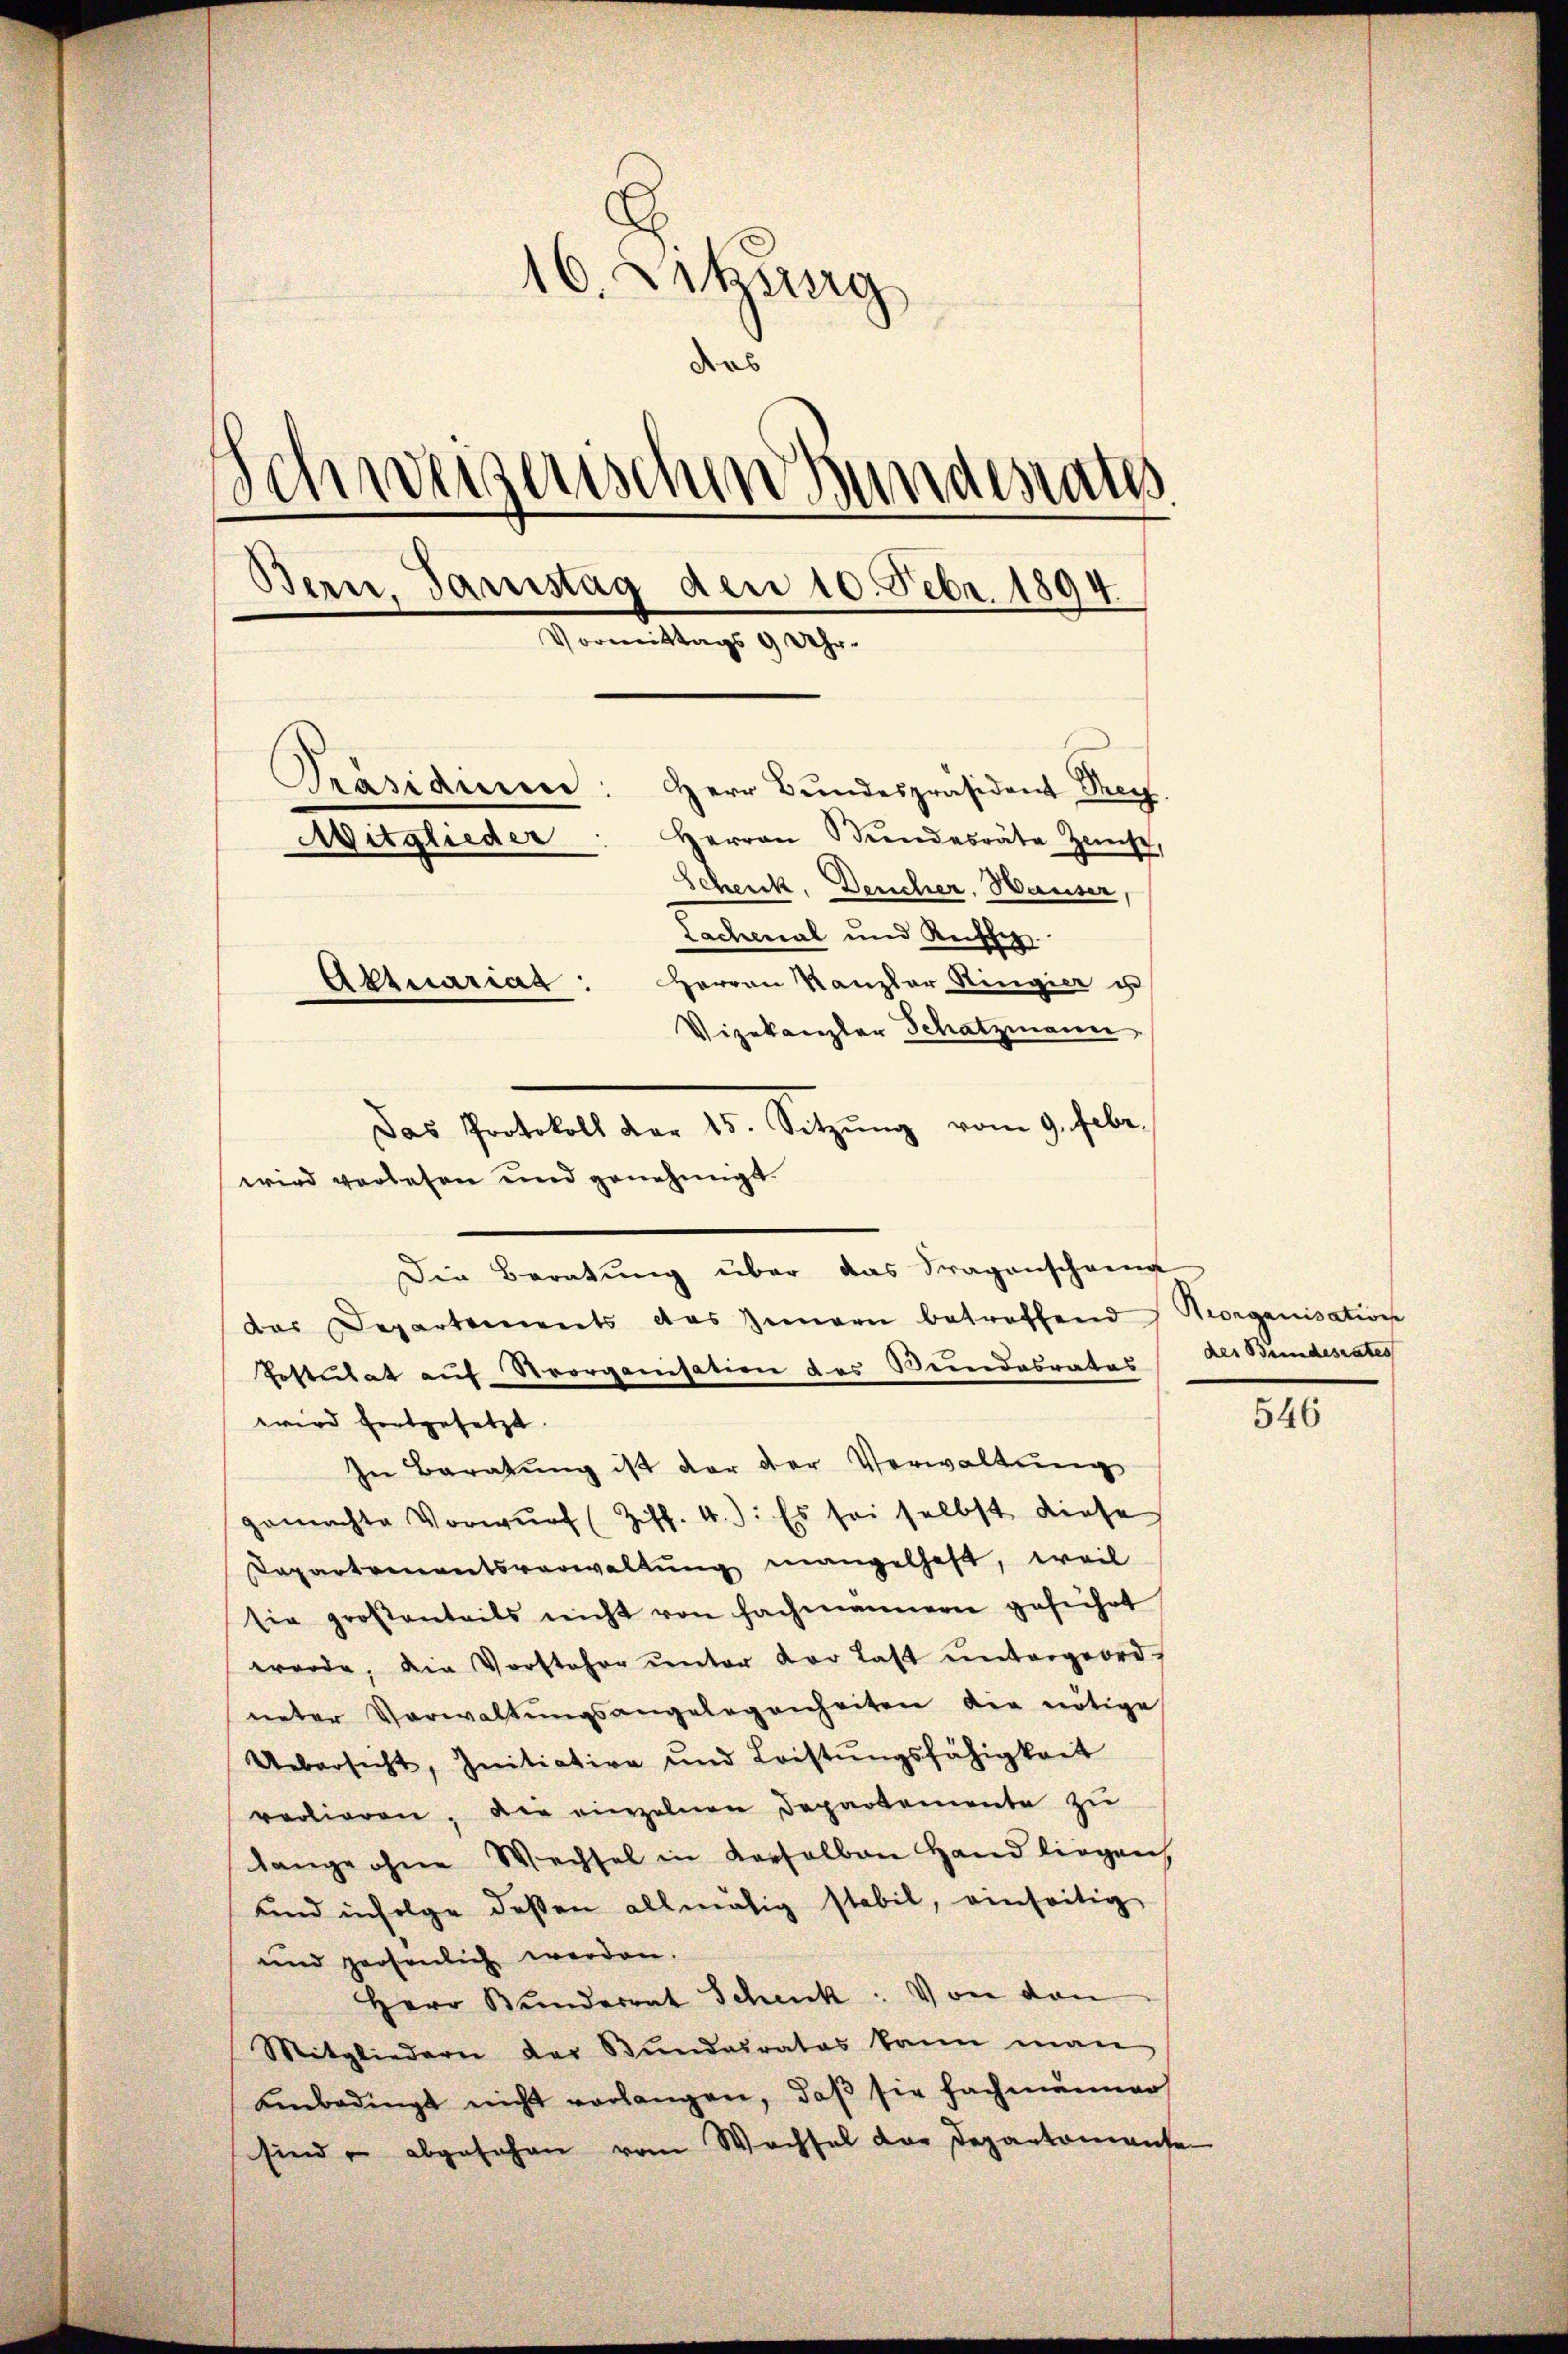
16. Erkung
das
Schweizerischen Bundesrath
Bern, Samstag den 10. Febr. 1894.
Vormittags 9 Uhr-
Präsidiien: Herr Bŭndespräsident Prof.
Herren rendesräte Zeit,
Mitglieder
Schenk, Deucher, Hauser,
Lachenal und Reisher
Aktuariat: Herren Kanzler Ringier u
Vizekanzler Schatzmann

Das Protokoll der 15. Setzung vom 9. habe,
wird verlesen und genehmigt.

Die Beratung über das Tragenscheine
das Departements das Innern betreffend Reorganisation
Postulat auf Noorganisation das Bundesrates des Bundesrates
wird fortgesetzt.
In Baratŭng ist der der Verwaltung
gemachte Vorwurf (Ziff. 4: Es sei selbst diese
Departementsverwaltung mangelhaft, weil
sie großanteils nicht von fachmannern gesuchet
werde, die Vorsteher ŭnter der Last ŭntergeordunter Verwaltungsangelegenheiten die nötige
Uebersicht, Initiative und Leistŭngsfähigkeit
vorlieren, die einzelnen Departemente zu
lange ohne Wechsel in Karsalben Hand liegen,
und infolge dessen allmälig stabil, einseitig
und persönlich werden.
Herr Bunderrat Schenk. Von den
Mitgliedern der Bŭndesrates kann man
Unbedingt nicht verlangen, daβ sie fachmänner
sind abgesehen vom Wachsel der Departomanse

546